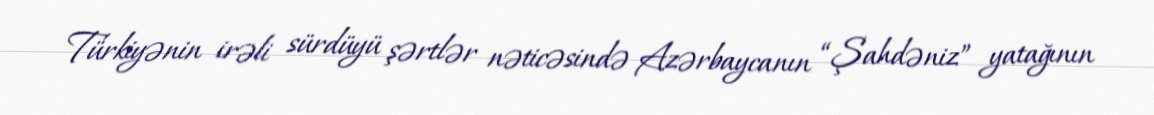
Türkiyənin irəli sürdüyü şərtlər nəticəsində Azərbaycanın “Şahdəniz” yatağının